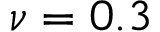
\nu = 0 . 3